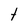
Character: t